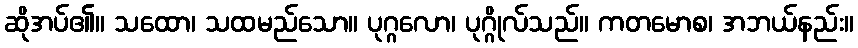
ဆိုအပ်၏။ သထော၊ သထမည်သော။ ပုဂ္ဂလော၊ ပုဂ္ဂိုလ်သည်။ ကတမောစ၊ အဘယ်နည်း။